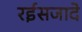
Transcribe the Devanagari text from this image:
रईसजादे